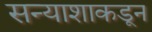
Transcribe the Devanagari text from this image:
सन्याशाकडून